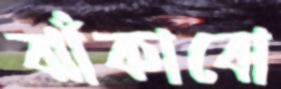
ঝাঁকাবো